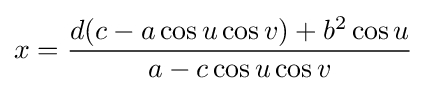
x={\frac {d(c-a\cos u\cos v)+b^{2}\cos u}{a-c\cos u\cos v}}\